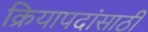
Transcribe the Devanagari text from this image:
क्रियापदांसाठी